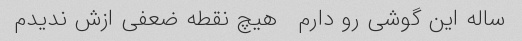
ساله این گوشی رو دارم   هیچ نقطه ضعفی ازش ندیدم